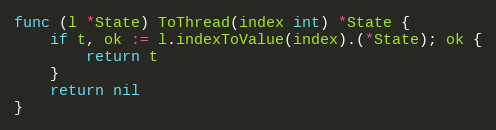
Language: Go
func (l *State) ToThread(index int) *State {
	if t, ok := l.indexToValue(index).(*State); ok {
		return t
	}
	return nil
}